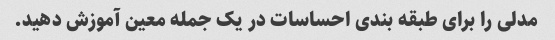
مدلی را برای طبقه بندی احساسات در یک جمله معین آموزش دهید.